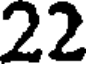
22